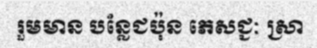
រួមមាន បន្លែជប៉ុន ភេសជ្ជៈ ស្រា